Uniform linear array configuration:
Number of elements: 32
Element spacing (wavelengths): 0.75
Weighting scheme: hamming
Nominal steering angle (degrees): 15
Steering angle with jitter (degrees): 13.175
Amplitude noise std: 0.05
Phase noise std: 0.05

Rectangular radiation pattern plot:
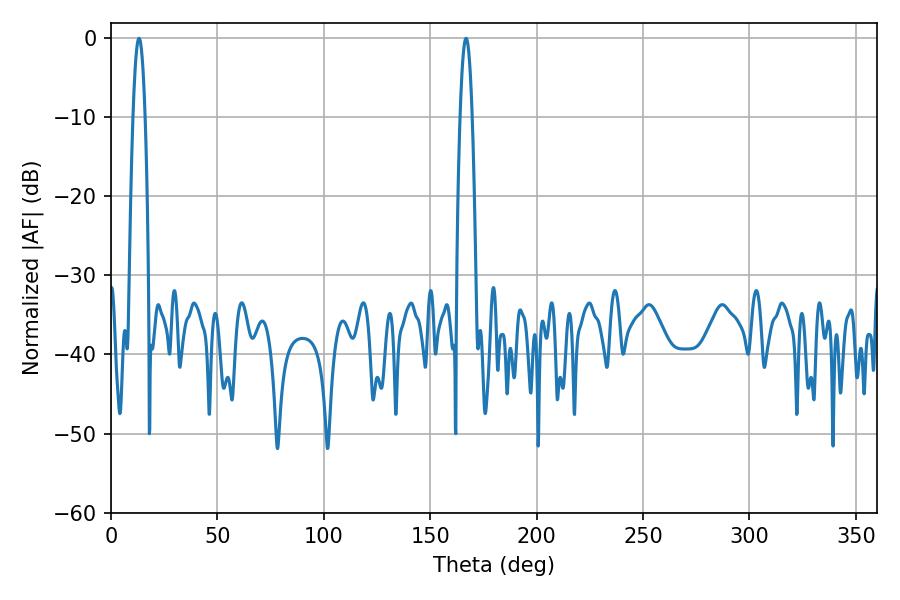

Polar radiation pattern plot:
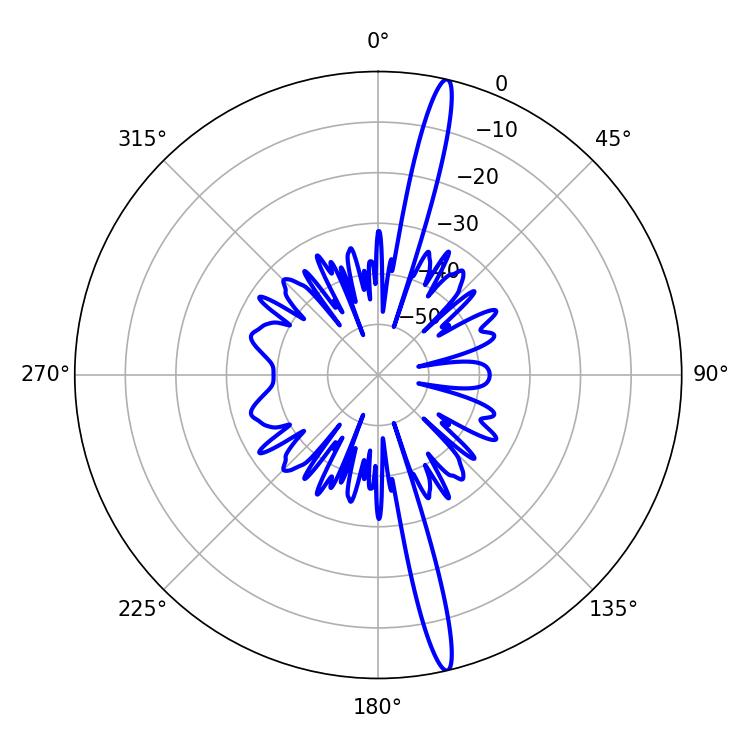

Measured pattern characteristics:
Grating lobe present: TRUE
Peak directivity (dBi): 18.71
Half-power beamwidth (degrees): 3.06
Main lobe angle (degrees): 166.86